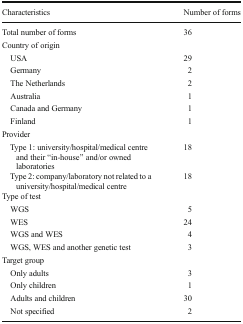
<table><thead><tr><td><b>Characteristics</b></td><td><b>Number of forms</b></td></tr></thead><tbody><tr><td>Total number of forms</td><td>36</td></tr><tr><td colspan="2">Country of origin</td></tr><tr><td> USA</td><td>29</td></tr><tr><td> Germany</td><td>2</td></tr><tr><td> The Netherlands</td><td>2</td></tr><tr><td> Australia</td><td>1</td></tr><tr><td> Canada and Germany</td><td>1</td></tr><tr><td> Finland</td><td>1</td></tr><tr><td colspan="2">Provider</td></tr><tr><td> Type 1: university/hospital/medical centre and their “in-house” and/or owned laboratories</td><td>18</td></tr><tr><td> Type 2: company/laboratory not related to a university/hospital/medical centre</td><td>18</td></tr><tr><td colspan="2">Type of test</td></tr><tr><td> WGS</td><td>5</td></tr><tr><td> WES</td><td>24</td></tr><tr><td> WGS and WES</td><td>4</td></tr><tr><td> WGS, WES and another genetic test</td><td>3</td></tr><tr><td colspan="2">Target group</td></tr><tr><td> Only adults</td><td>3</td></tr><tr><td> Only children</td><td>1</td></tr><tr><td> Adults and children</td><td>30</td></tr><tr><td> Not specified</td><td>2</td></tr></tbody></table>